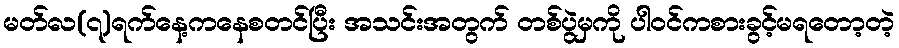
မတ်လ(၇)ရက်နေ့ကနေစတင်ပြီး အသင်းအတွက် တစ်ပွဲမှကို ပါဝင်ကစားခွင့်မရတော့တဲ့